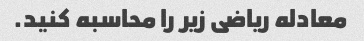
معادله ریاضی زیر را محاسبه کنید.